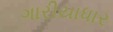
ગારીયાધાર